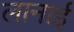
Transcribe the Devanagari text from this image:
लानाई